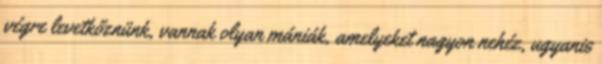
végre levetkőznünk, vannak olyan mániák, amelyeket nagyon nehéz, ugyanis